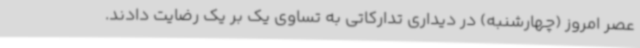
عصر امروز (چهارشنبه) در دیداری تدارکاتی به تساوی یک بر یک رضایت دادند.